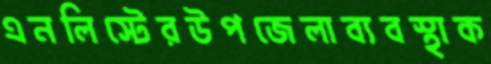
এনলিস্টেরউপজেলাব্যবস্থাক